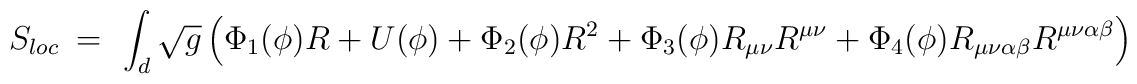
S_{loc}~=~\int_{d}\sqrt{g}\left(\Phi_1(\phi)R + U(\phi) + \Phi_2(\phi)R^2 + \Phi_3(\phi)R_{\mu\nu}R^{\mu\nu} +\Phi_4(\phi)R_{\mu\nu\alpha\beta}R^{\mu\nu\alpha\beta} \right)